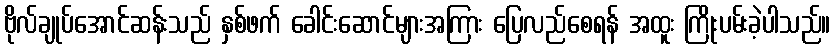
ဗိုလ်ချုပ်အောင်ဆန်းသည် နှစ်ဖက် ခေါင်းဆောင်များအကြား ပြေလည်စေရန် အထူး ကြိုးပမ်းခဲ့ပါသည်။